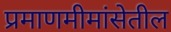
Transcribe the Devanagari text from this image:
प्रमाणमीमांसेतील